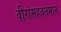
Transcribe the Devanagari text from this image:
वीरांसहवर्तमान